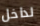
لداخل